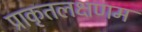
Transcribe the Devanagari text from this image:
प्राकृतलक्षणम